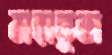
মহাভুজ